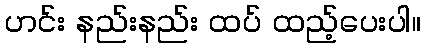
ဟင်း နည်းနည်း ထပ် ထည့်ပေးပါ။